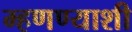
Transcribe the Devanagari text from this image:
म्हणण्याशी